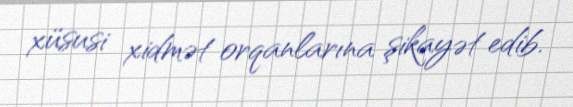
xüsusi xidmət orqanlarına şikayət edib.